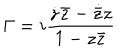
LaTeX: \Gamma = i \frac { \dot { z } \bar { z } - \dot { \bar { z } } z } { 1 - z \bar { z } }